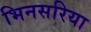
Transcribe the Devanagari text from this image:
भिनसरिया